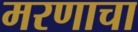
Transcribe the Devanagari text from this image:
मरणाचा